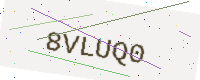
Text: 8VLUQ0